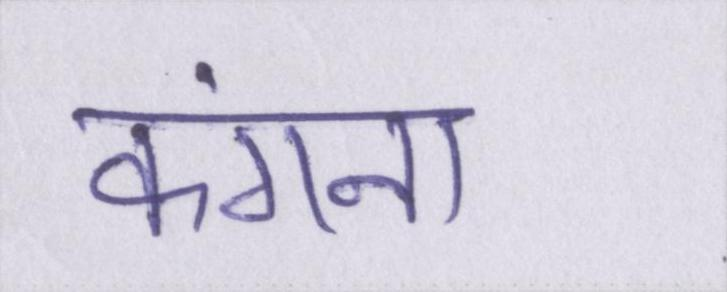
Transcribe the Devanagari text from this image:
कंगना